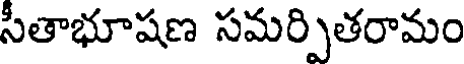
సీతాభూషణ సమర్పితరామం